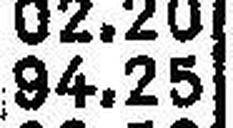
94.25